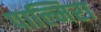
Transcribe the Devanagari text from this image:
पाल्मिरा